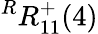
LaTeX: {}^{R}{R}_{1{1}}^{{+}}({4})